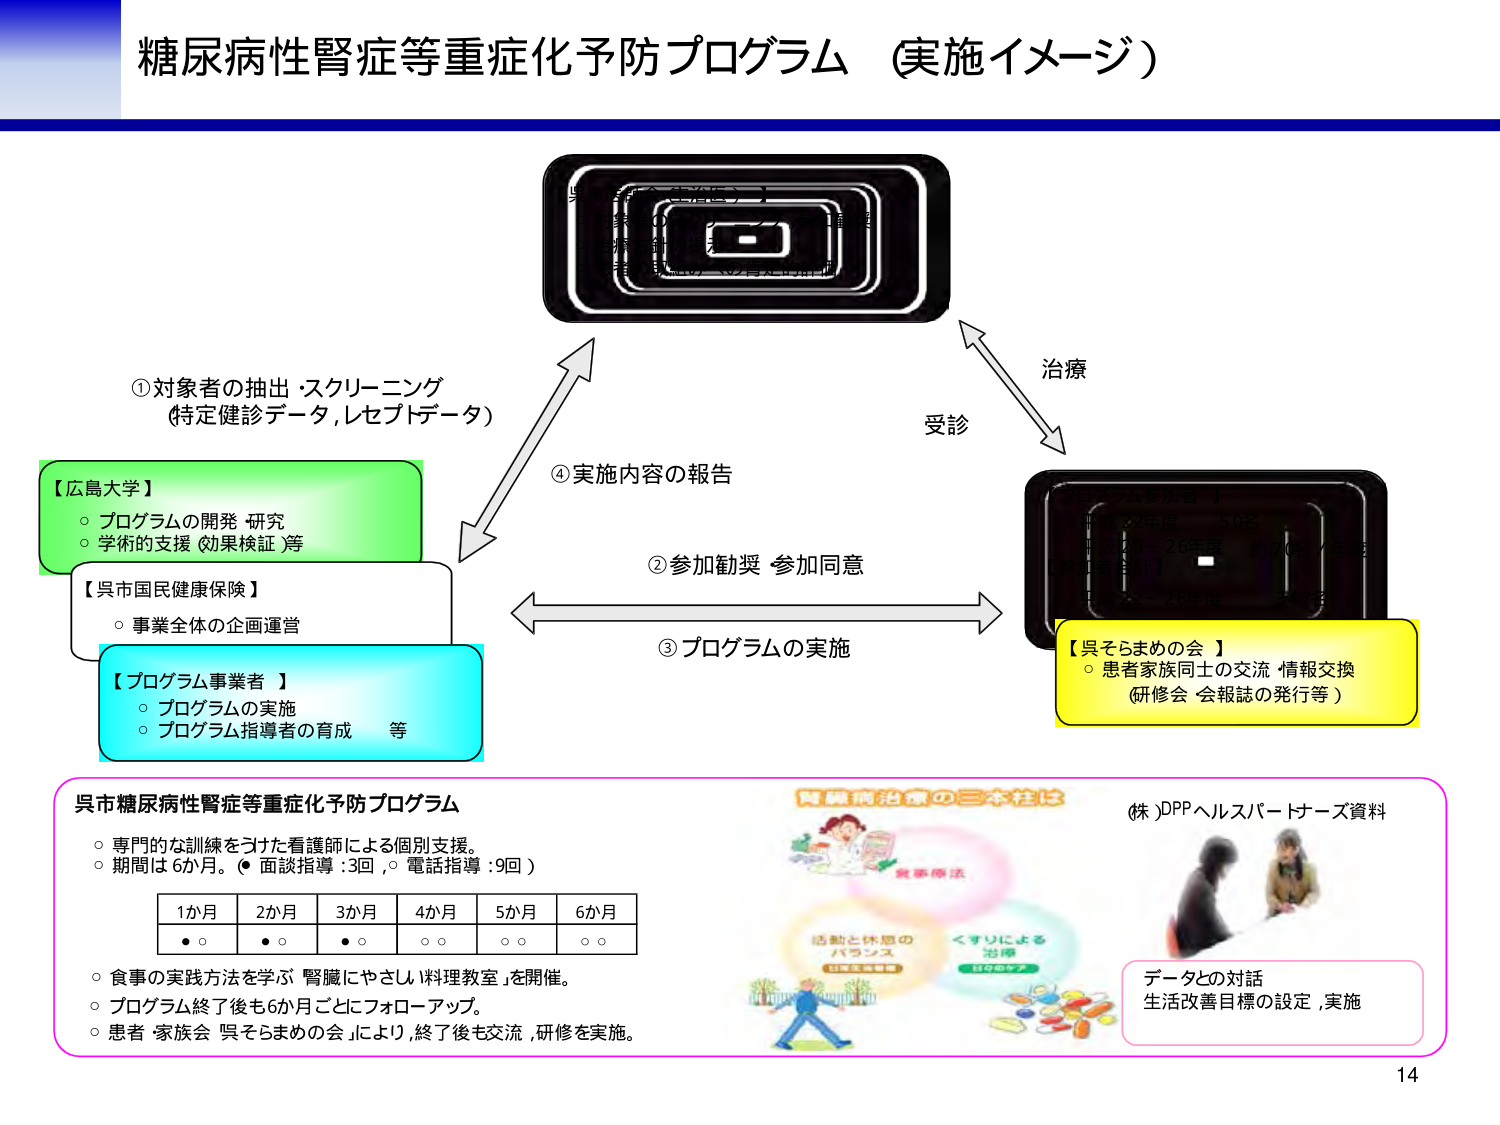
糖尿病性腎症等重症化予防プログラム（実施イメージ）

①対象者の抽出・スクリーニング
（特定健診データ，レセプトデータ）

【広島大学】
○ プログラムの開発・研究
○ 学術的支援（効果検証等）

【呉市国民健康保険】
○ 事業全体の企画運営

【プログラム事業者】
○ プログラムの実施
○ プログラム指導者の育成　等

②参加勧奨・参加同意
③プログラムの実施
④実施内容の報告

【プログラム参加者】
平成22年度　50名
平成23～26年度　約70名／年度
【参加者合計】
平成22～26年度　347名

【呉そらまめの会】
○ 患者家族同士の交流・情報交換
（研修会・会報誌の発行等）

呉市糖尿病性腎症等重症化予防プログラム
○ 専門的な訓練をうけた看護師による個別支援。
○ 期間は6か月。（●面談指導：3回，○電話指導：9回）

1か月　2か月　3か月　4か月　5か月　6か月
●○　●○　●○　○○　○○　○○

○ 食事の実践方法を学ぶ「腎臓にやさしい料理教室」を開催。
○ プログラム終了後も6か月ごとにフォローアップ。
○ 患者・家族会「呉そらまめの会」により，終了後も交流，研修を実施。

腎臓病治療の三本柱は
（株）DPPヘルスパートナーズ資料

食事療法
活動と休息のバランス
くすりによる治療

データとの対話
生活改善目標の設定，実施

14